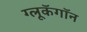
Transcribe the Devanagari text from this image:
ग्लूकॅगॉन